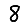
Digit: 8